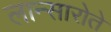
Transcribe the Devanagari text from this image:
लान्सारोते